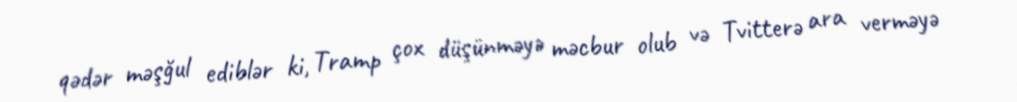
qədər məşğul ediblər ki, Tramp çox düşünməyə məcbur olub və Tvitterə ara verməyə